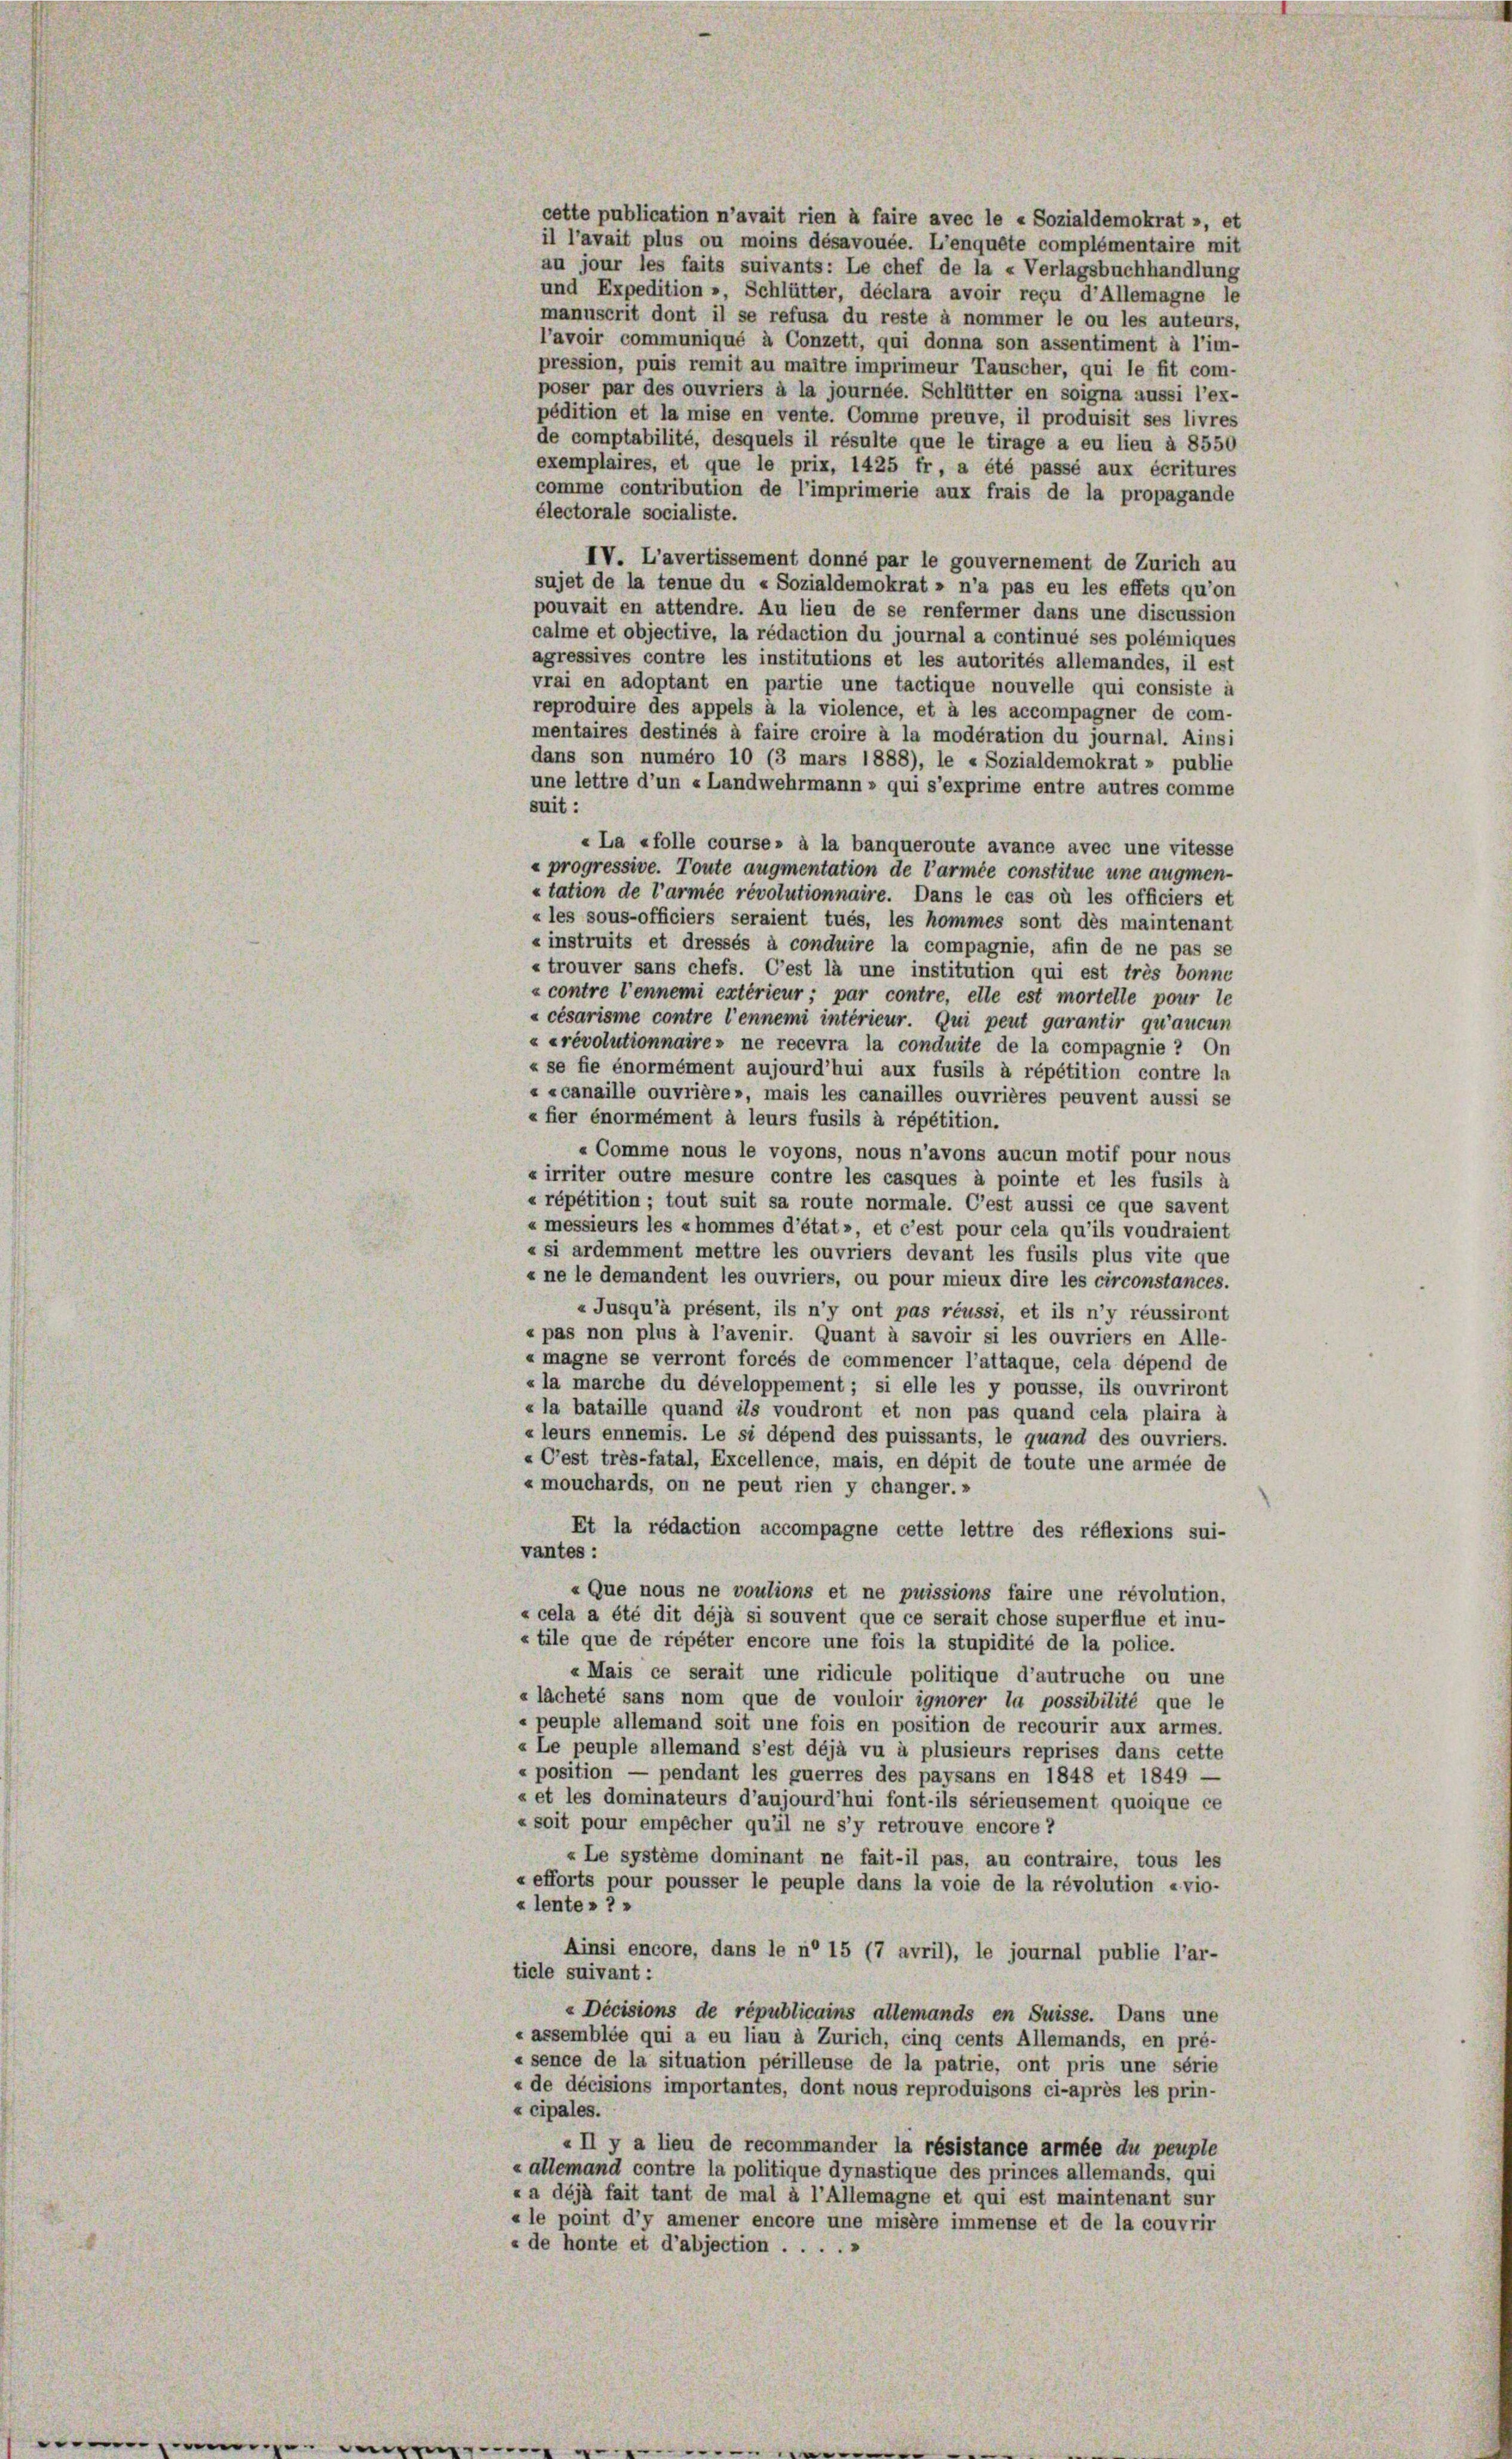
cette publication n’avait rien à faire avec le « Sozialdemokrat », et
il l’avait plus ou moins désavouée. L’enquête complémentaire mit
au jour les faits suivants: Le chef de la « Verlagsbuchhandlung
und Expedition », Schlütter, déclara avoir reçu d’Allemagne le
manuscrit dont il se refusa du reste à nommer le ou les auteurs,
l’avoir communiqué à Conzett, qui donna son assentiment à l’im-
pression, puis remit au maître imprimeur Tauscher, qui le fit com-
poser par des ouvriers à la journée. Schlütter en soigna aussi l’ex-
pédition et la mise en vente. Comme preuve, il produisit ses livres
de comptabilité, desquels il résulte que le tirage a eu lieu à 8550
exemplaires, et que le prix, 1425 fr, a été passé aux écritures
comme contribution de l’imprimerie aux frais de la propagande
électorale socialiste.
IV. L’avertissement donné par le gouvernement de Zürich au
sujet de la tenue du «Sozialdemokrat » n’a pas eu les effets qu’on
pouvait en attendre. Au lieu de se renfermer dans une discussion
calme et objective, la rédaction du journal a continué ses polémiques
agressives contre les institutions et les autorités allemandes, il est
vrai en adoptant en partie une tactique nouvelle qui consiste à
reproduire des appels à la violence, et à les accompagner de com-
mentaires destinés à faire croire à la modération du journal. Ainsi
dans son numéro 10 (3 mars 1888), le « Sozialdemokrat » publie
une lettre d’un « Landwehrmann » qui s’exprime entre autres comme
suit:
«La «folle course» à la banqueroute avance avec une vitesse
« progressive. Toute augmentation de l’armée constitue une augmen-
«tation de l’armée révolutionnaire. Dans le cas où les officiers et
« les sous-officiers seraient tués, les hommes sont dès maintenant
« instruits et dressés à conduire la compagnie, afin de ne pas se
« trouver sans chefs. C’est là une institution qui est très bonne
« contre Tennemi extérieur ; par contre, elle est mortelle pour le
« césarisme contre l’ennemi intérieur. Qui peut garantir qu’aucun
« «révolutionnaire» ne recevra la conduite de la compagnie ? On
« se fie énormément aujourd’hui aux fusils à répétition contre la
« «canaille ouvrière», mais les canailles ouvrières peuvent aussi se
« fier énormément à leurs fusils à répétition.
« Comme nous le voyons, nous n’avons aucun motif pour nous
« irriter outre mesure contre les casques à pointe et les fusils à
« répétition ; tout suit sa route normale. C’est aussi ce que savent
« messieurs les «hommes d’état», et c’est pour cela qu’ils voudraient
« si ardemment mettre les ouvriers devant les fusils plus vite que
« ne le demandent les ouvriers, ou pour mieux dire les circonstances.
«Jusqu’à présent, ils n’y ont pas réussi, et ils n’y réussiront
« pas non plus à l’avenir. Quant à savoir si les ouvriers en Alle-
« magne se verront forcés de commencer l’attaque, cela dépend de
« la marche du développement; si elle les y pousse, ils ouvriront
«la bataille quand ils voudront et non pas quand cela plaira à
« leurs ennemis. Le si dépend des puissants, le quand des ouvriers.
«C’est très-fatal, Excellence, mais, en dépit de toute une armée de
« mouchards, on ne peut rien y changer.»
Et la rédaction accompagne cette lettre des réflexions sui-
vantes:
«Que nous ne voutions et ne puissions faire une révolution,
« cela a été dit déjà si souvent que ce serait chose superflue et inu-
« tile que de répéter encore une fois la stupidité de la police.
«Mais ce serait une ridicule politique d’autruche ou une
« lacheté sans nom que de vouloir ignorer la possibilité que le
«peuple allemand soit une fois en position de recourir aux armes.
« Le peuple allemand s’est déjà vu à plusieurs reprises dans cette
« position — pendant les guerres des paysans en 1848 et 1849 -
« et les dominateurs d’aujourd’hui font-ils sérieusement quoique ce
« soit pour empêcher qu’il ne s’y retrouve encore ?
«Le système dominant ne fait-il pas, au contraire, tous les
«efforts pour pousser le peuple dans la voie de la révolution «vio-
«lentes 2 »
Ainsi encore, dans le n° 15 (7 avril), le journal publie l’ar-
ticle suivant :
« Décisions de républicains allemands en Suisse. Dans une
« assemblée qui a eu lieu à Zürich, cinq cents Allemands, en pré-
« sence de la situation périlleuse de la patrie, ont pris une série
« de décisions importantes, dont nous reproduisons ci-après les prin-
« cipales.
«Il y a lieu de recommander la résistance armée du peuple
« allemand contre la politique dynastique des princes allemands, qui
« a déjà fait tant de mal à l’Allemagne et qui est maintenant sur
« le point d’y amener encore une misère immense et de la couvrir
« de honte et d’abjection .